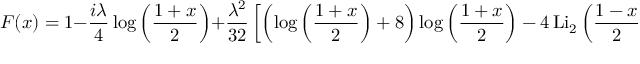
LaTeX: F ( x ) = 1 - \frac { i \lambda } { 4 } \log { \left( \frac { 1 + x } { 2 } \right) } + \frac { \lambda ^ { 2 } } { 3 2 } \left[ \left( \log { \left( \frac { 1 + x } { 2 } \right) } + 8 \right) \log { \left( \frac { 1 + x } { 2 } \right) } - 4 \, \mathrm { L i } _ { 2 } \left( \frac { 1 - x } { 2 } \right) \right] + O ( \lambda ^ { 3 } ) \, .